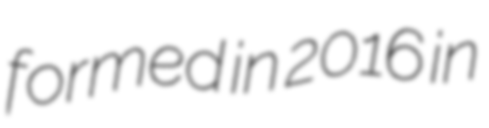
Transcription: formed in 2016 in